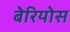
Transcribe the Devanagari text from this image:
बेरियोस